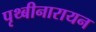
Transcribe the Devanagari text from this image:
पृथ्बीनारायन